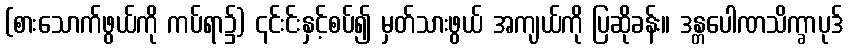
(စားသောက်ဖွယ်ကို ကပ်ရာ၌) ၎င်းင်းနှင့်စပ်၍ မှတ်သားဖွယ် အကျယ်ကို ပြဆိုခန်း။ ဒန္တပေါဏသိက္ခာပုဒ်